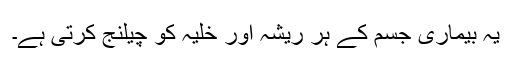
یہ بیماری جسم کے ہر ریشہ اور خلیہ کو چیلنج کرتی ہے۔